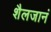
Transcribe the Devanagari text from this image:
शैलजानं